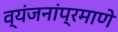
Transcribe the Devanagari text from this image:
व्यंजनांप्रमाणे